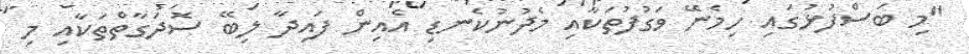
"މި ބަސްފުޅުުގައި ހިމެނޭ ވަގުފުތަކާއި މެދުނުކެނޑި އެއިން ފައިދާ ލިބޭ ސޮދަގާތްތަކާއި މި